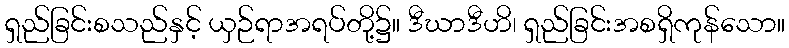
ရှည်ခြင်းစသည်နှင့် ယှဉ်ရာအရပ်တို့၌။ ဒီဃာဒီဟိ၊ ရှည်ခြင်းအစရှိကုန်သော။